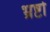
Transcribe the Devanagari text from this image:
भ्रष्टो